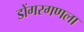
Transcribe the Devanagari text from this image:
डोंगरगणला